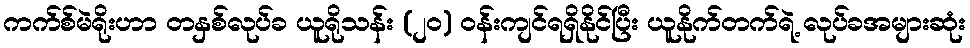
ကက်စ်မဲရိုးဟာ တနှစ်လုပ်ခ ယူရိုသန်း (၂၀) ဝန်းကျင်ရရှိနိုင်ပြီး ယူနိုက်တက်ရဲ့ လုပ်ခအများဆုံး